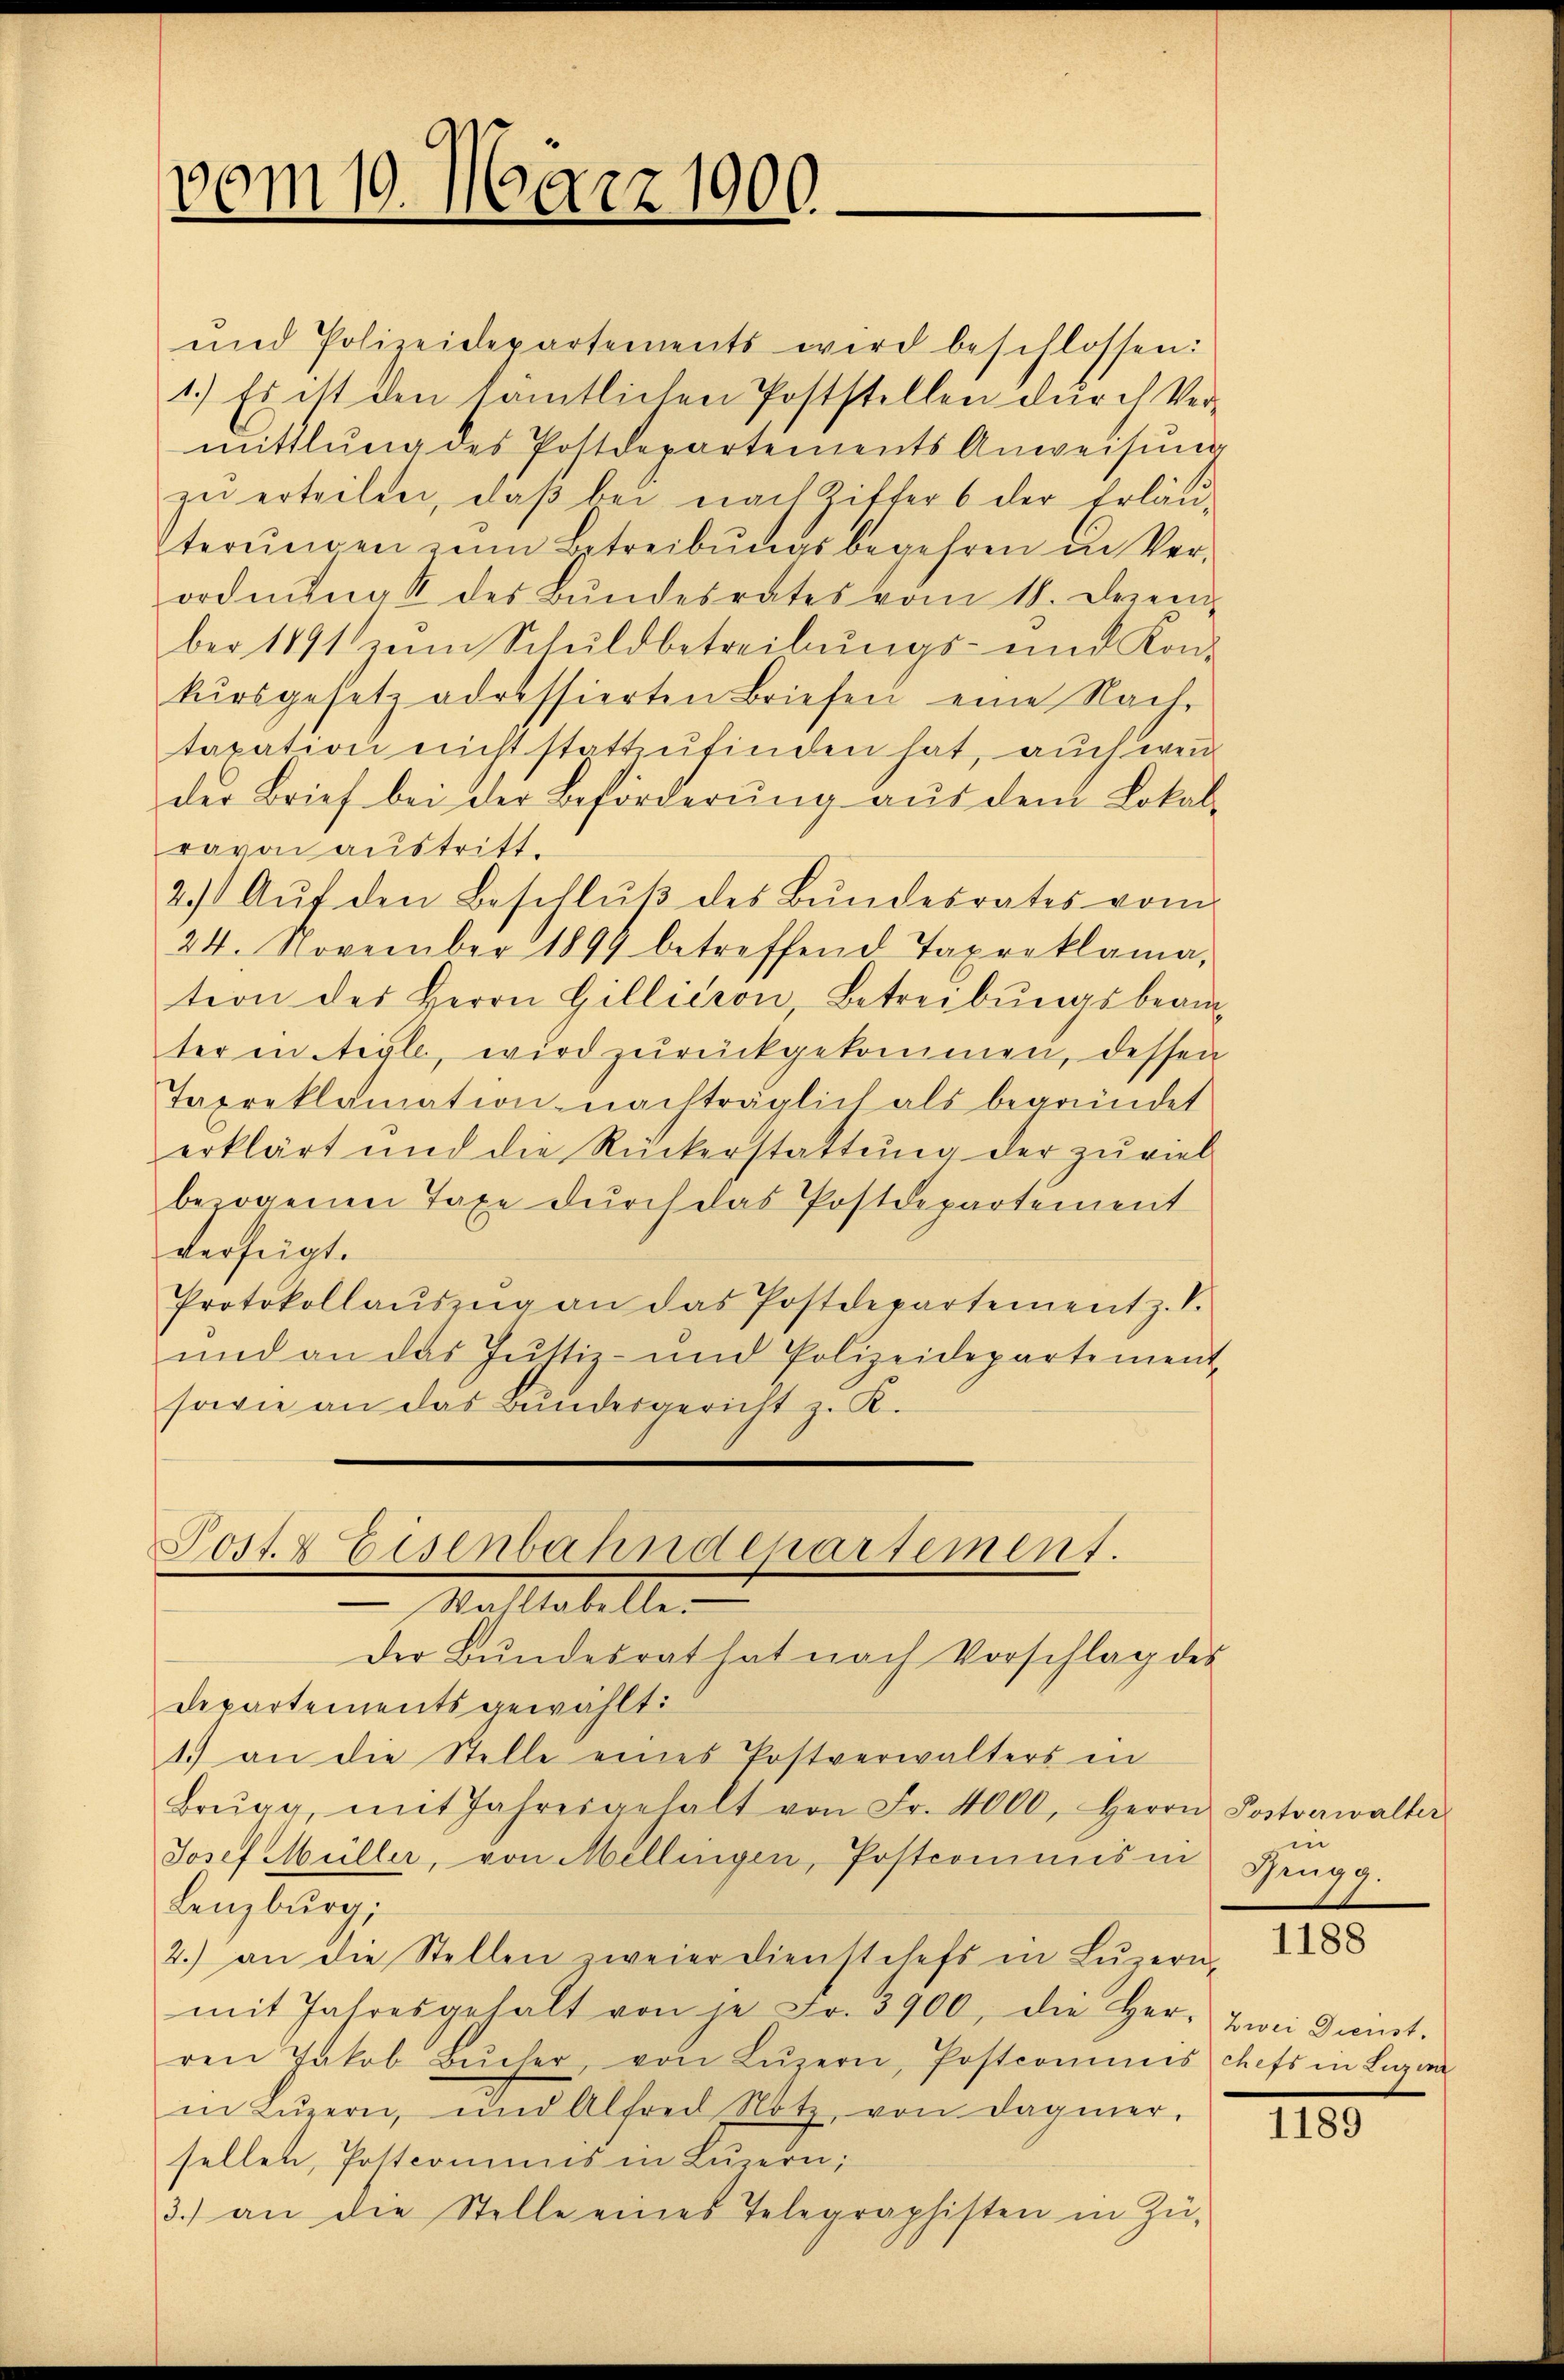
vom 10. März 1900.

und Polizeidepartements wird beschlossen:
1.) Es ist den sämtlichen Poststellen durch Ver-
mittlung des Postdepartements Anweisŭng
zu erteilen, daß bei nach Ziffer 6 der Erläuterŭngen zum Betreibungsbegehren in Verordnung & des Bundesrates vom 18. Dezem
ber 1891 zum Schuldbetreibungs- und Kon-
kursgesetz adressierten Briefen eine Nach-
taxation nicht stattzufinden hat, auch wen
der Brief bei der Beförderŭng aŭf dem Lokal-
ravon austritt.
2. Aŭf den Beschlŭβ des Bŭndesrates vom
24. November 1894 betreffend Taxreklama-
tion des Herrn Gillieron, Betreibŭngsbeam
ter intigle, wird zurückgekommen, dessen
Tapreklamation nachträglich als begründet
erklärt und die Rückerstattŭng der zŭviel
beogenen Taxe dŭrch das Postdepartement
verfeigt.
Protokollaŭszŭg an das Postdepartement z. B.
und an das Justiz- und Polizeidepartement
sowie an das Bundesgericht z. K.

Post. Eisenbahndepartement.
Mallestellen
Der Bŭndesrat hat nach Vorschlag des

Departements gewählt:
1.) an die Stelle eines Postverwalters in
Brŭng, mit Jahresgehalt von Fr. 4000, Herrn Postverwalter
Josef Müller, von Millingen, Postcommis in Brugg.
Lenzburg,
2.) an die Stellen zweier dienstchefs in Lŭzern, 228
mit Jahresgehalt von je Fr. 3900, die Herr Zwei Dunst.
ren Jakob Bŭcher, von Lŭzern, Postcommis
in Lŭzern, und Alfred Notz, von dagener.
sellen, Postcommis in Luzern;
3.) an die Stelle eines Telegraphisten in Zü

in

eiss in Luze

IIII